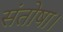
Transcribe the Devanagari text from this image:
संतोषा।